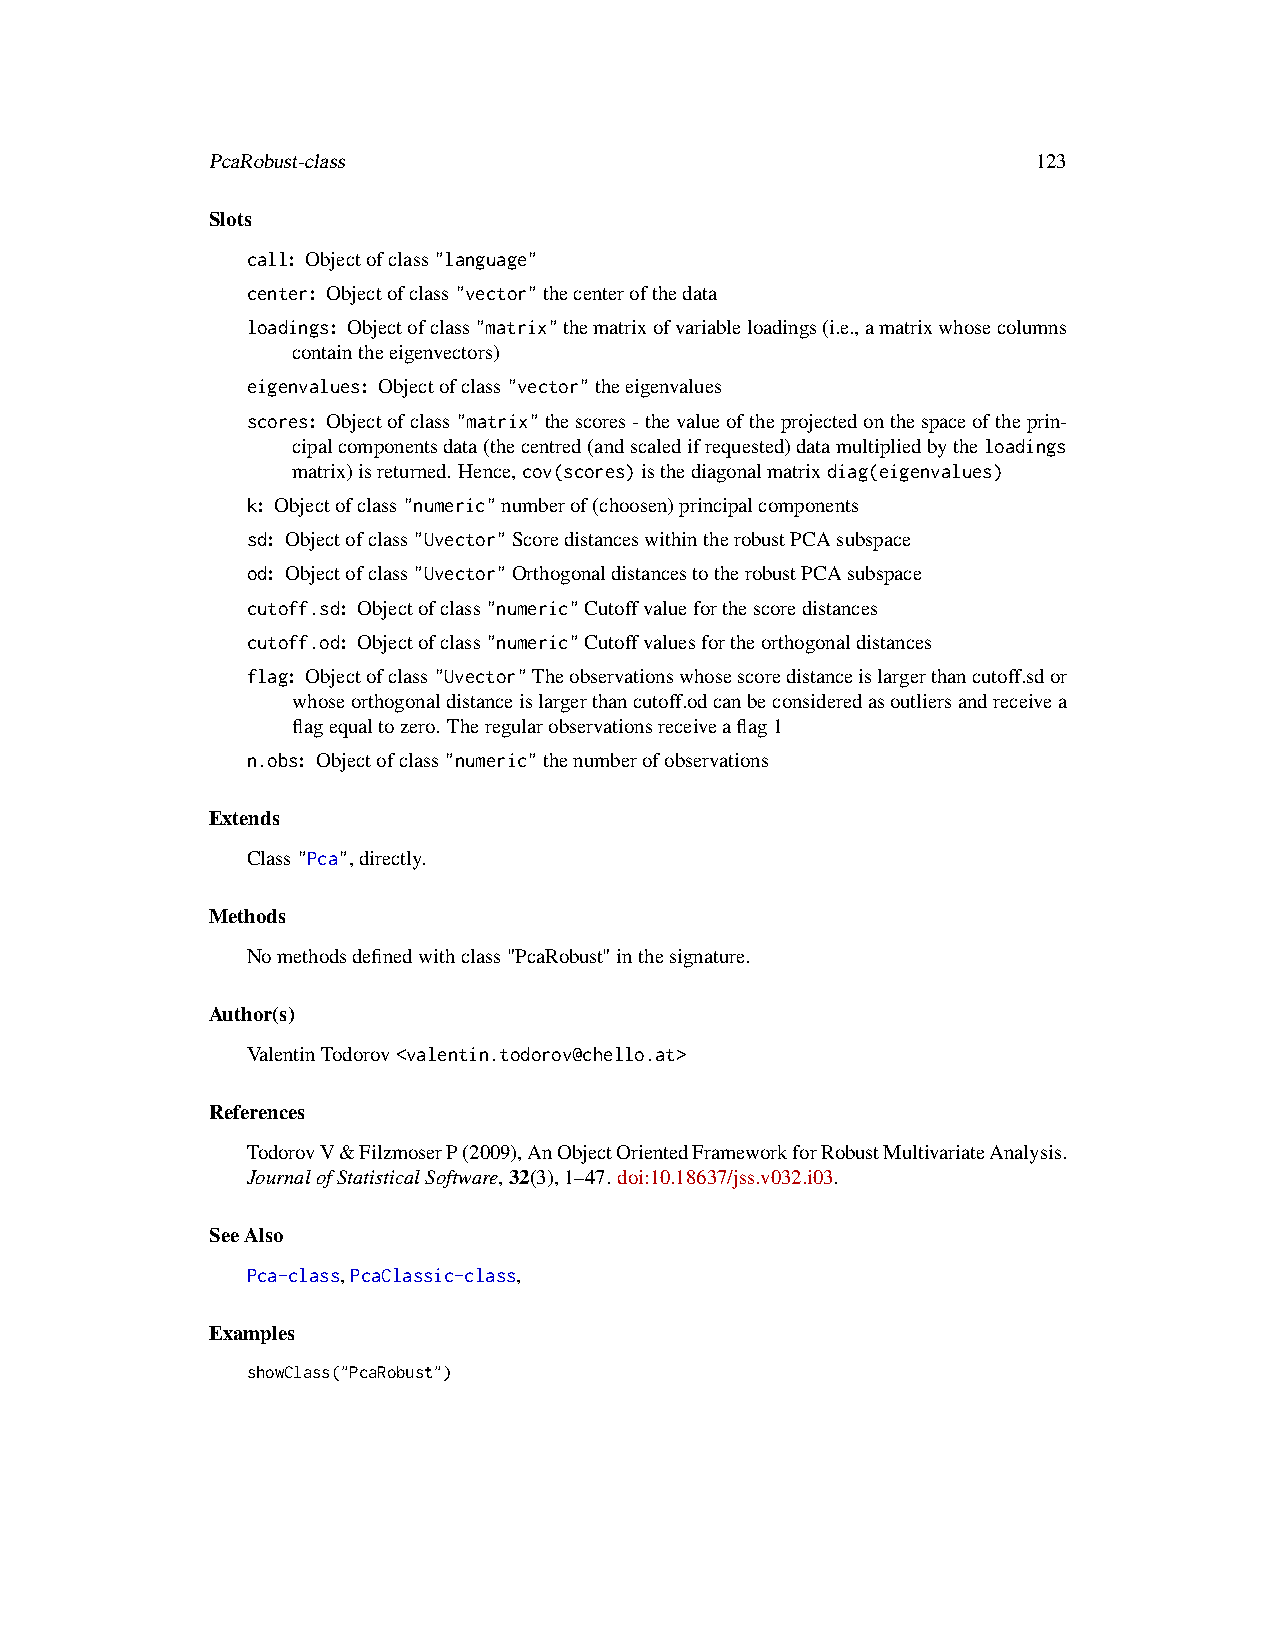
PcaRobust-class                                        123
 Slots
 call: Objectofclass"language"
 center: Objectofclass"vector"thecenterofthedata
 loadings: Objectofclass"matrix"thematrixofvariableloadings(i.e.,amatrixwhosecolumns
 containtheeigenvectors)
 eigenvalues: Objectofclass"vector"theeigenvalues
 scores: Objectofclass"matrix"thescores-thevalueoftheprojectedonthespaceoftheprin-
 cipalcomponentsdata(thecentred(andscaledifrequested)datamultipliedbytheloadings
 matrix)isreturned. Hence,cov(scores)isthediagonalmatrixdiag(eigenvalues)
 k: Objectofclass"numeric"numberof(choosen)principalcomponents
 sd: Objectofclass"Uvector"ScoredistanceswithintherobustPCAsubspace
 od: Objectofclass"Uvector"OrthogonaldistancestotherobustPCAsubspace
 cutoff.sd: Objectofclass"numeric"Cutoffvalueforthescoredistances
 cutoff.od: Objectofclass"numeric"Cutoffvaluesfortheorthogonaldistances
 flag: Objectofclass"Uvector"Theobservationswhosescoredistanceislargerthancutoff.sdor
 whoseorthogonaldistanceislargerthancutoff.odcanbeconsideredasoutliersandreceivea
 flagequaltozero. Theregularobservationsreceiveaflag1
 n.obs: Objectofclass"numeric"thenumberofobservations
 Extends
 Class"Pca",directly.
 Methods
 Nomethodsdefinedwithclass"PcaRobust"inthesignature.
 Author(s)
 ValentinTodorov<valentin.todorov@chello.at>
 References
 TodorovV&FilzmoserP(2009),AnObjectOrientedFrameworkforRobustMultivariateAnalysis.
 JournalofStatisticalSoftware,32(3),1–47. doi:10.18637/jss.v032.i03.
 SeeAlso
 Pca-class,PcaClassic-class,
 Examples
 showClass("PcaRobust")